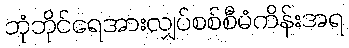
ဘုံဘိုင်ရေအားလျှပ်စစ်စီမံကိန်းအရ